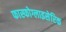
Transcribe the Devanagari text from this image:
फास्फोग्लाइसेरिक